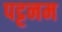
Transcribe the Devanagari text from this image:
पट्टनम